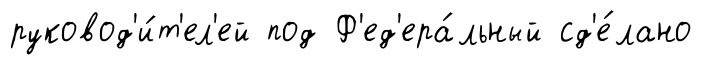
руковод'и́т'ел'ей под Ф'ед'ера́льный сд'е́лано